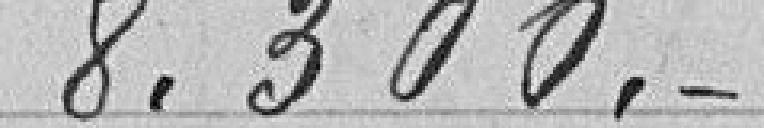
8.300.